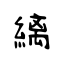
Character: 縭